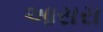
આસરા